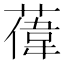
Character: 𫉔